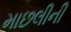
માછલીની